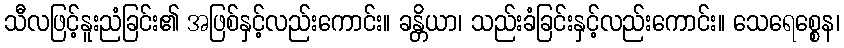
သီလဖြင့်နူးညံခြင်း၏ အဖြစ်နှင့်လည်းကောင်း။ ခန္တိယာ၊ သည်းခံခြင်းနှင့်လည်းကောင်း။ သေရေစ္စေန၊